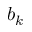
b _ { k }